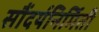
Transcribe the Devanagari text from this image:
सौंदर्यनिर्मिती